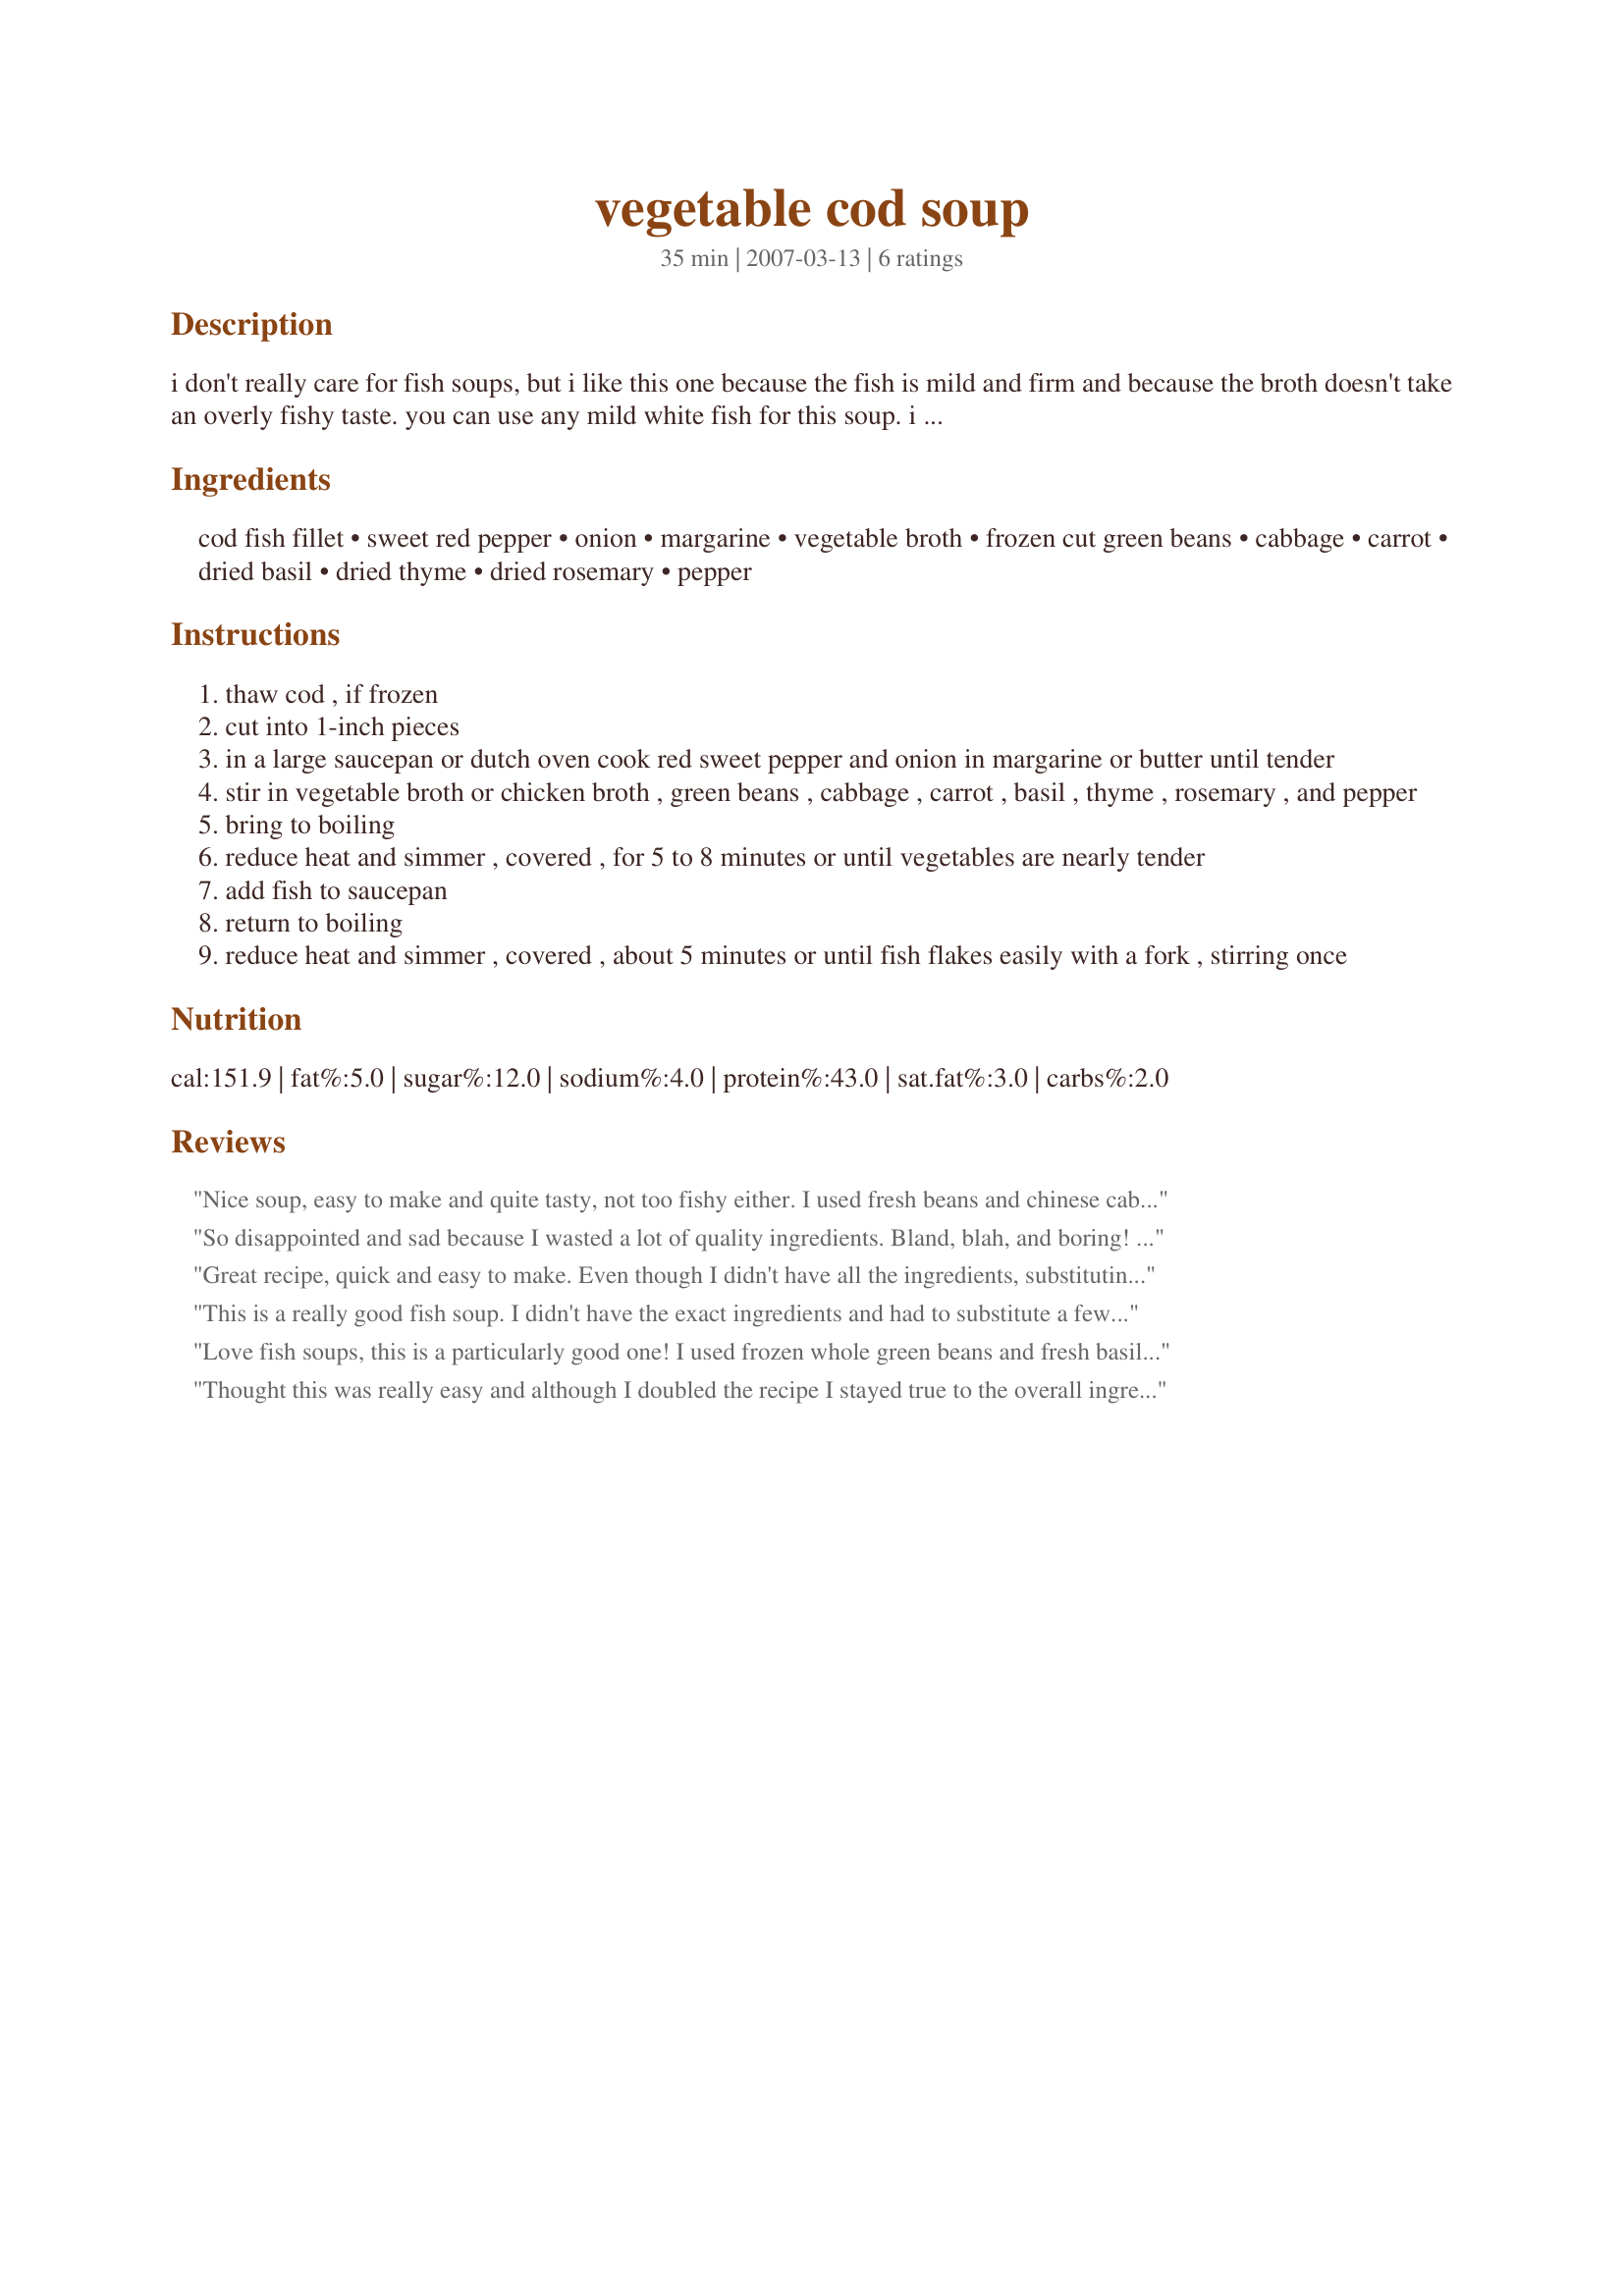
vegetable cod soup
Preparation time: 35 minutes

i don't really care for fish soups, but i like this one because the fish is mild and firm and because the broth doesn't take an overly fishy taste. you can use any mild white fish for this soup. i have used tilapia when it was on hand. i also prefer to use a low-sodium broth when it is available. from bhg.com

Ingredients:
cod fish fillet, sweet red pepper, onion, margarine, vegetable broth, frozen cut green beans, cabbage, carrot, dried basil, dried thyme, dried rosemary, pepper

Steps:
thaw cod , if frozen
cut into 1-inch pieces
in a large saucepan or dutch oven cook red sweet pepper and onion in margarine or butter until tender
stir in vegetable broth or chicken broth , green beans , cabbage , carrot , basil , thyme , rosemary , and pepper
bring to boiling
reduce heat and simmer , covered , for 5 to 8 minutes or until vegetables are nearly tender
add fish to saucepan
return to boiling
reduce heat and simmer , covered , about 5 minutes or until fish flakes easily with a fork , stirring once

Reviews:
Nice soup, easy to make and quite tasty, not too fishy either. I used fresh beans and chinese cabbage and added some celery, used my own homemade chicken stock and for the rest I followed everything exactly. While a deep rich creamy soup will always be my favourite, a need for healthier eating means an adjustment in lifestyle and this recipe helps in this direction. Please see my rating system: 4 wonderful stars for a tasty soup that helps keep me on track as I strive for healthier living. Thanks!
So disappointed and sad because I wasted a lot of quality ingredients. Bland, blah, and boring! Had to write this so no one makes this soup.
Great recipe, quick and easy to make. Even though I didn't have all the ingredients, substituting didn't ruin it at all. I replaced green beans and cabbage with potatoes and fresh tomatoes, added garlic and a little salt, and it came out fantastic! Thank you!
This is a really good fish soup. I didn't have the exact ingredients and had to substitute a few things. I use brussel sprouts instead of cabbage and we were out of beans so I put in a half a can of diced tomatoes. Just before the soup was done I diced up some fresh Chives and gave the soup a good squeeze of fresh lemon.....WOW! Severed it with fresh French bread and a glass of Pinot Grigio....Excellent!
Love fish soups, this is a particularly good one! I used frozen whole green beans and fresh basil, thyme and rosemary. Was out of carrots, but did add one whole chopped jalepeno which added a nice zip. The rest of the recipe I followed exactly. I will be making this one often, quite delicious, thanks for posting.
Thought this was really easy and although I doubled the recipe I stayed true to the overall ingredients but added more onion and carrots than called for. It didn&#039;t have quite enough punch so I did go heavy on garlic, and used fresh herbs since I happened to have them on hand. The flavor is actually quite delicate and in the end I added a Trader Joes size jar of saffron and it was fantastic. The green beans didn&#039;t do much for me but added a nice bit of green and I also added celery. Thanks for the recipe - we enjoyed it and will absolutely make it again.
